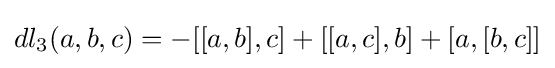
dl_{3}(a,b,c)=-[[a,b],c]+[[a,c],b]+[a,[b,c]]